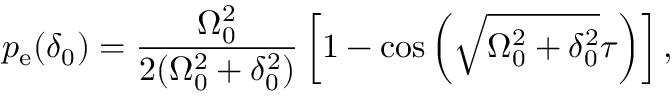
p _ { \mathrm { e } } ( \delta _ { 0 } ) = \frac { \Omega _ { 0 } ^ { 2 } } { 2 ( \Omega _ { 0 } ^ { 2 } + \delta _ { 0 } ^ { 2 } ) } \left[ 1 - \cos { \left( \sqrt { \Omega _ { 0 } ^ { 2 } + \delta _ { 0 } ^ { 2 } } \tau \right) } \right] ,